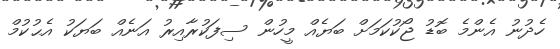
ހެދުނު އެންމެ ބޮޑު ޖޯކުކަމަށް ބަޔެއް މީހުން ސިފަކުރާއިރު އަނެއް ބަޔަކު އެޙުކުމް